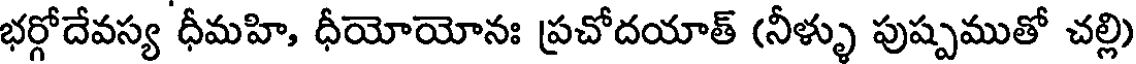
భర్గోదేవస్య ధీమహి, ధీయోయోనః ప్రచోదయాత్ (నీళ్ళు పుష్పముతో చల్లి)